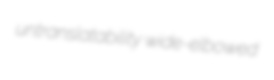
untranslatability wide-elbowed